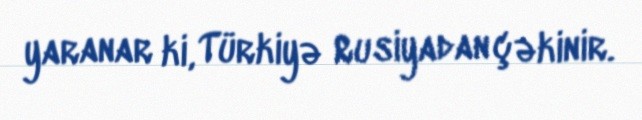
yaranar ki, Türkiyə Rusiyadan çəkinir.